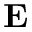
\textbf { E }